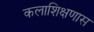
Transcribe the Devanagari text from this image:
कलाशिक्षणास